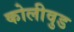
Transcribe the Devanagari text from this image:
कोलीवुड